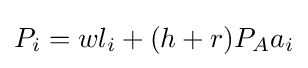
P_{i}=wl_{i}+(h+r)P_{A}a_{i}